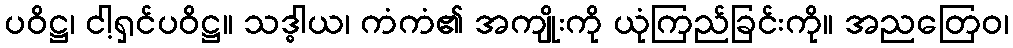
ပဝိဋ္ဌ၊ ငါ့ရှင်ပဝိဋ္ဌ။ သဒ္ဓါယ၊ ကံကံ၏ အကျိုးကို ယုံကြည်ခြင်းကို။ အညတြေဝ၊